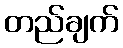
တည်ချက်